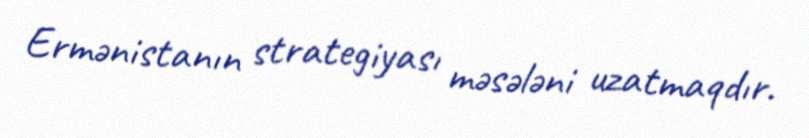
Ermənistanın strategiyası məsələni uzatmaqdır.